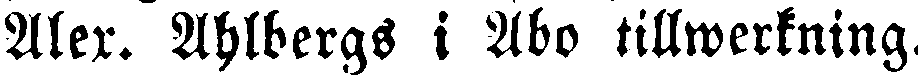
Alex. Ahlbergs i Åbo tillwerkning.